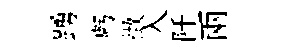
踴虧徴入阡兩